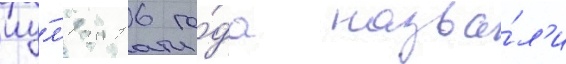
иу́л'я 2016 го́да назва́л'и